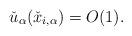
LaTeX: \begin{align*}\check{u}_\alpha(\check{x}_{i,\alpha})=O(1).\end{align*}